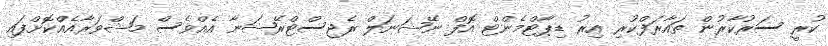
ކުރީ ސަރުކާރުން ތައާރަފްކުރި އިރު ޑިޕާޓްމެންޓް އޮފް ނޭޝަނަލް ރެޖިސްޓްރޭޝަނާ އެއްވެސް މަޝްވަރާއެއްކޮށްފައި